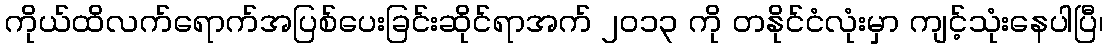
ကိုယ်ထိလက်ရောက်အပြစ်ပေးခြင်းဆိုင်ရာအက် ၂၀၁၃ ကို တနိုင်ငံလုံးမှာ ကျင့်သုံးနေပါပြီ၊